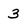
Character: 3